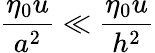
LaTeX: \frac{\eta_{0}u}{a^{2}}\ll\frac{\eta_{0}u}{h^{2}}